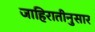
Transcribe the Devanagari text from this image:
जाहिरातीनुसार